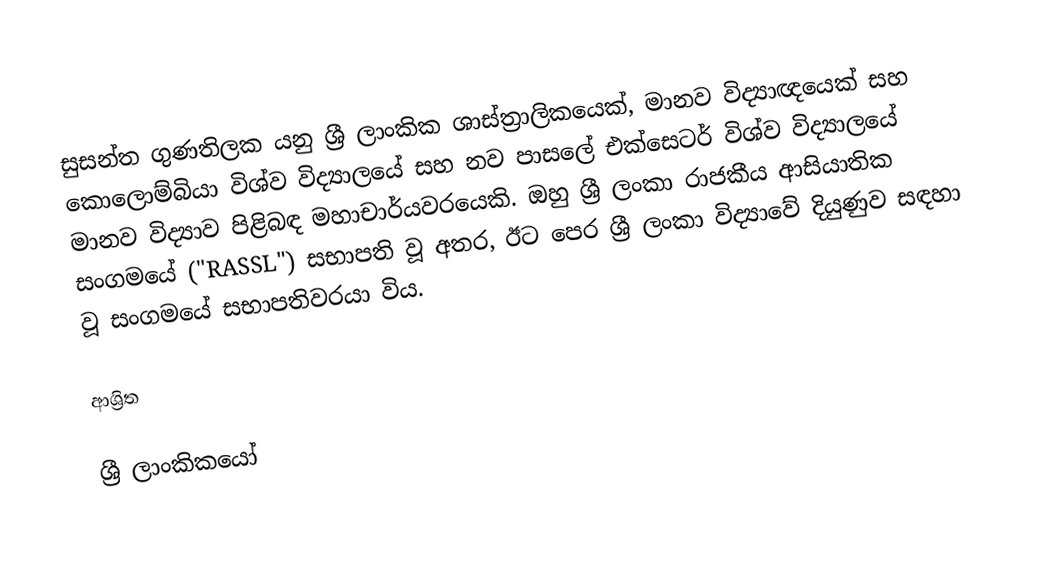
සුසන්ත ගුණතිලක යනු ශ්‍රී ලාංකික ශාස්ත්‍රාලිකයෙක්, මානව විද්‍යාඥයෙක් සහ කොලොම්බියා විශ්ව විද්‍යාලයේ සහ නව පාසලේ එක්සෙටර් විශ්ව විද්‍යාලයේ මානව විද්‍යාව පිළිබඳ මහාචාර්යවරයෙකි. ඔහු ශ්‍රී ලංකා රාජකීය ආසියාතික සංගමයේ ("RASSL") සභාපති වූ අතර, ඊට පෙර ශ්‍රී ලංකා විද්‍යාවේ දියුණුව සඳහා වූ සංගමයේ සභාපතිවරයා විය.

ආශ්‍රිත

ශ්‍රී ලාංකිකයෝ